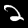
Digit: 2